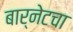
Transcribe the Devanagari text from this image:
बार्नेटचा